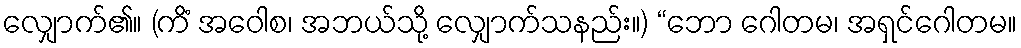
လျှောက်၏။ (ကိံ အဝေါစ၊ အဘယ်သို့ လျှောက်သနည်း။) “ဘော ဂေါတမ၊ အရှင်ဂေါတမ။